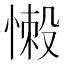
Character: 𢞸